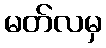
မတ်လမှ